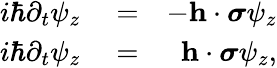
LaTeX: \begin{array}{rlr}{i\hbar\partial_{t}\psi_{z}}&{{}=}&{-{\mathbf h}\cdot{\boldsymbol\sigma}\psi_{z}}\\ {i\hbar\partial_{t}\psi_{z}}&{{}=}&{{\mathbf h}\cdot{\boldsymbol\sigma}\psi_{z},}\end{array}